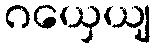
ဂယှေယျ